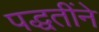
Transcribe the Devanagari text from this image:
पद्धतींने